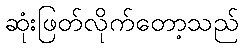
ဆုံးဖြတ်လိုက်တော့သည်